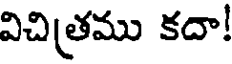
విచిత్రము కదా!